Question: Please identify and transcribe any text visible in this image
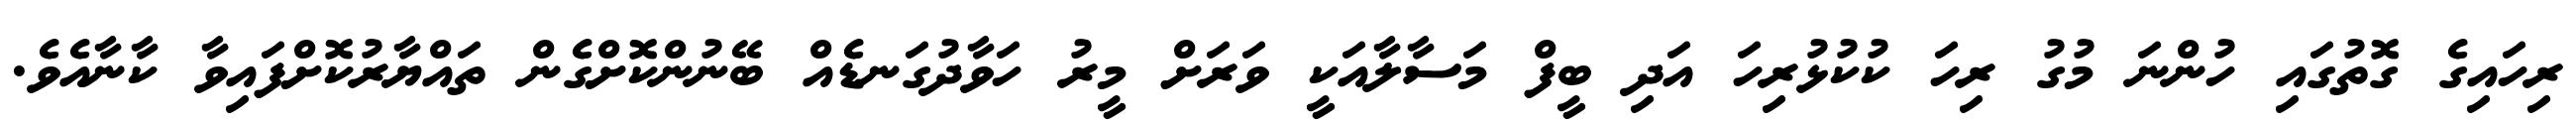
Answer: ރިހައިގެ ގޮތުގައި ހުންނަ މުގު ރިހަ ކުކުޅުރިހަ އަދި ބީފް މަސާލާއަކީ ވަރަށް މީރު ހަވާދުގަނޑެއް ބޭނުންކޮށްގެން ތައްޔާރުކޮށްފައިވާ ކާނާއެވެ.